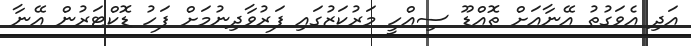
އަދި އެވަގުތު އޭނާއަށް ތޮއްޑޫ ސިއްހީ މަރުކަޒުގައި ފަރުވާދިނުމަށް ފަހު ޑޮކްޓަރުން އޭނާ